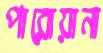
পারোয়ানা